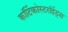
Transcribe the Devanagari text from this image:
कॉर्टिकोस्टरॉईड्स